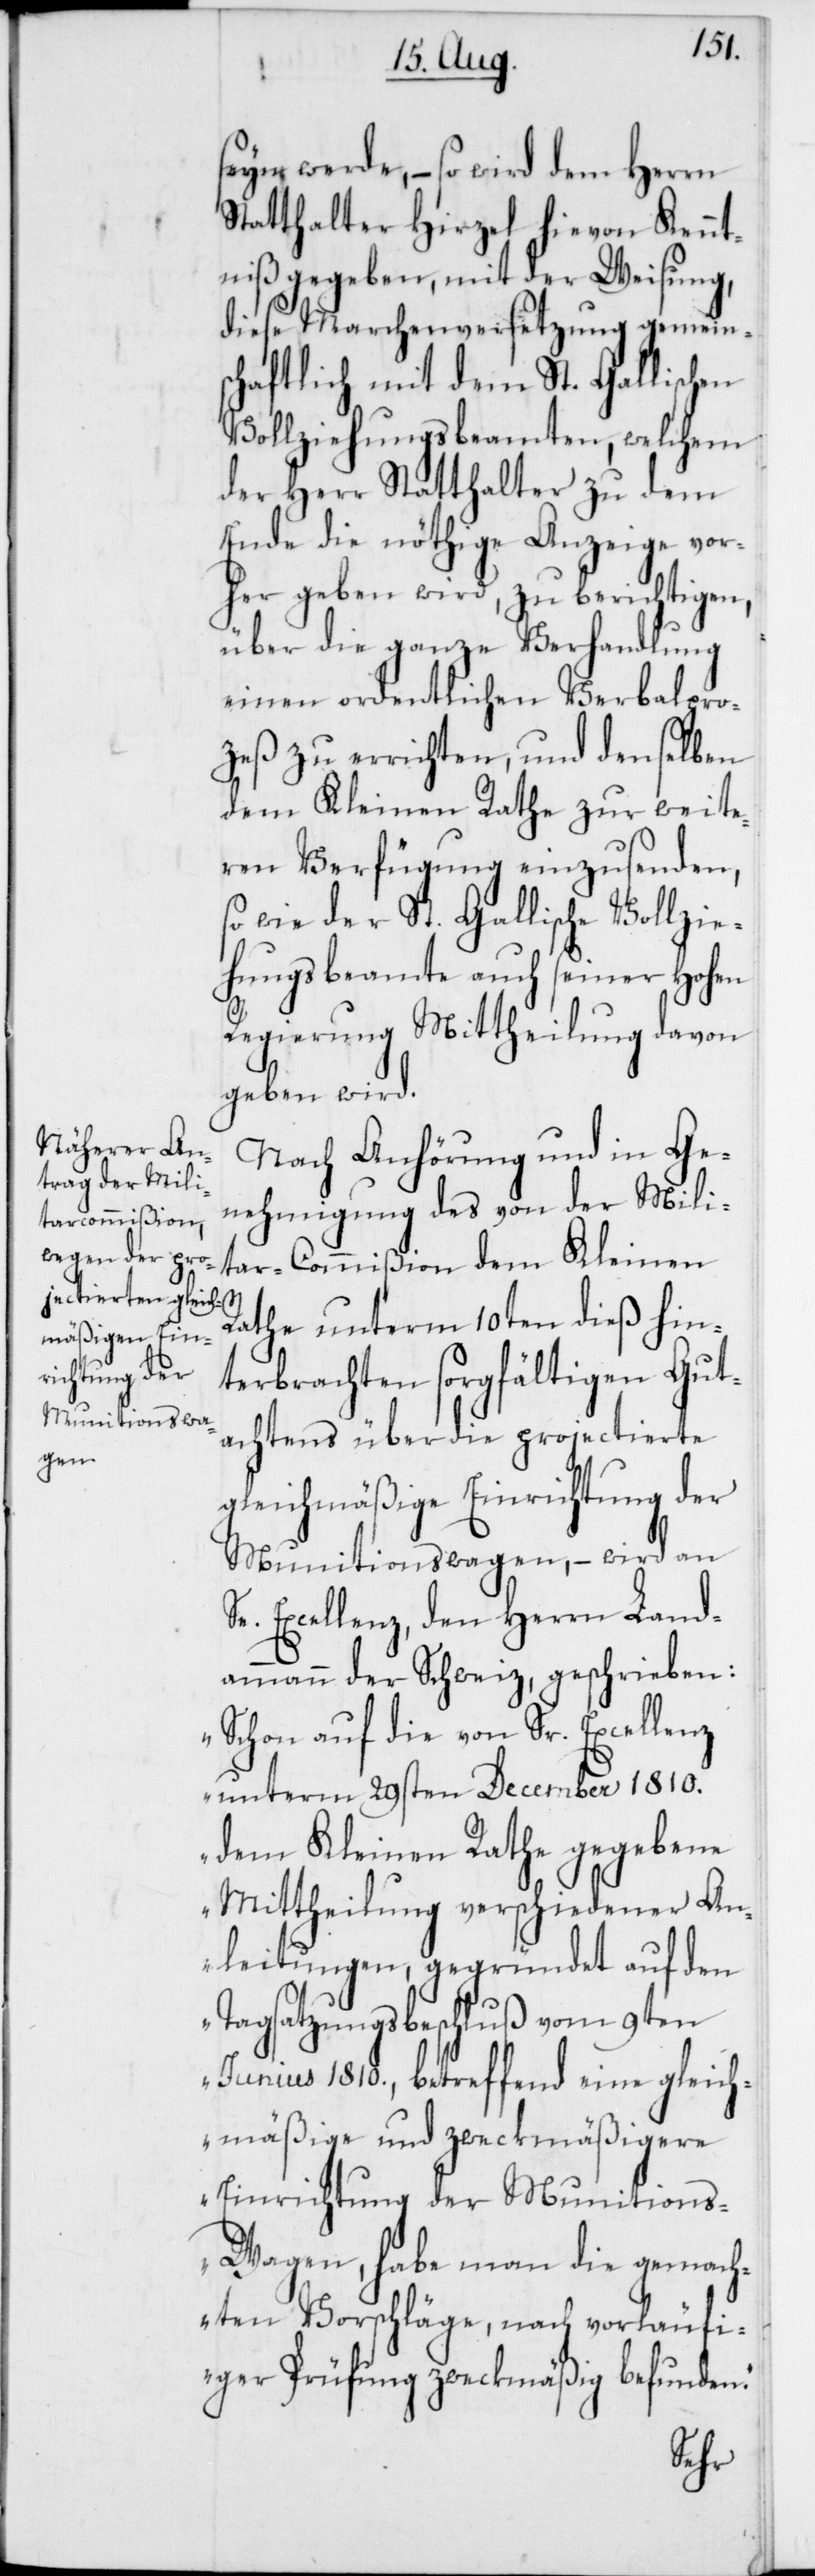
seyn werde, – so wird dem Herrn
Statthalter Hirzel hievon Kennt¬
niß gegeben, mit der Weisung,
diese Marchenversetzung gemein¬
schaftlich mit dem St. Gallischen
Vollziehungsbeamten, welchem
der Herr Statthalter zu dem
Ende die nöthige Anzeige vor¬
her geben wird, zu berichtigen,
über die ganze Verhandlung
einen ordentlichen Verbalpro¬
zeß zu errichten, und denselben
dem Kleinen Rathe zur weite¬
ren Verfügung einzusenden,
so wie der St. Gallische Vollzie¬
hungsbeamte auch seiner Hohen
Regierung Mittheilung davon
geben wird.
Nach Anhörung und in Ge¬
nehmigung des von der Mili¬
tar-Commißion dem Kleinen
Rathe unterm 10ten dieß hin¬
terbrachten sorgfältigen Gut¬
achtens über die projectierte
gleichmäßige Einrichtung der
Munitionswagen, – wird an
Se. Excellenz, den Herrn Land¬
ammann der Schweiz, geschrieben:
„Schon auf die von Sr. Excellenz
unterm 29sten December 1810.
dem Kleinen Rathe gegebene
Mittheilung verschiedener An¬
leitungen, gegründet auf den
Tagsatzungsbeschluß vom 9ten
Junius 1810., betreffend eine gleich¬
mäßige und zweckmäßigere
Einrichtung der Munition¬
s-Wagen, habe man die gemach¬
ten Vorschläge, nach vorläufi¬
ger Prüfung zweckmäßig befunden.